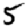
Digit: 5